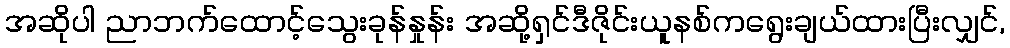
အဆိုပါ ညာဘက်ထောင့်သွေးခုန်နှုန်း အဆို့ရှင်ဒီဇိုင်းယူနစ်ကရွေးချယ်ထားပြီးလျှင်,